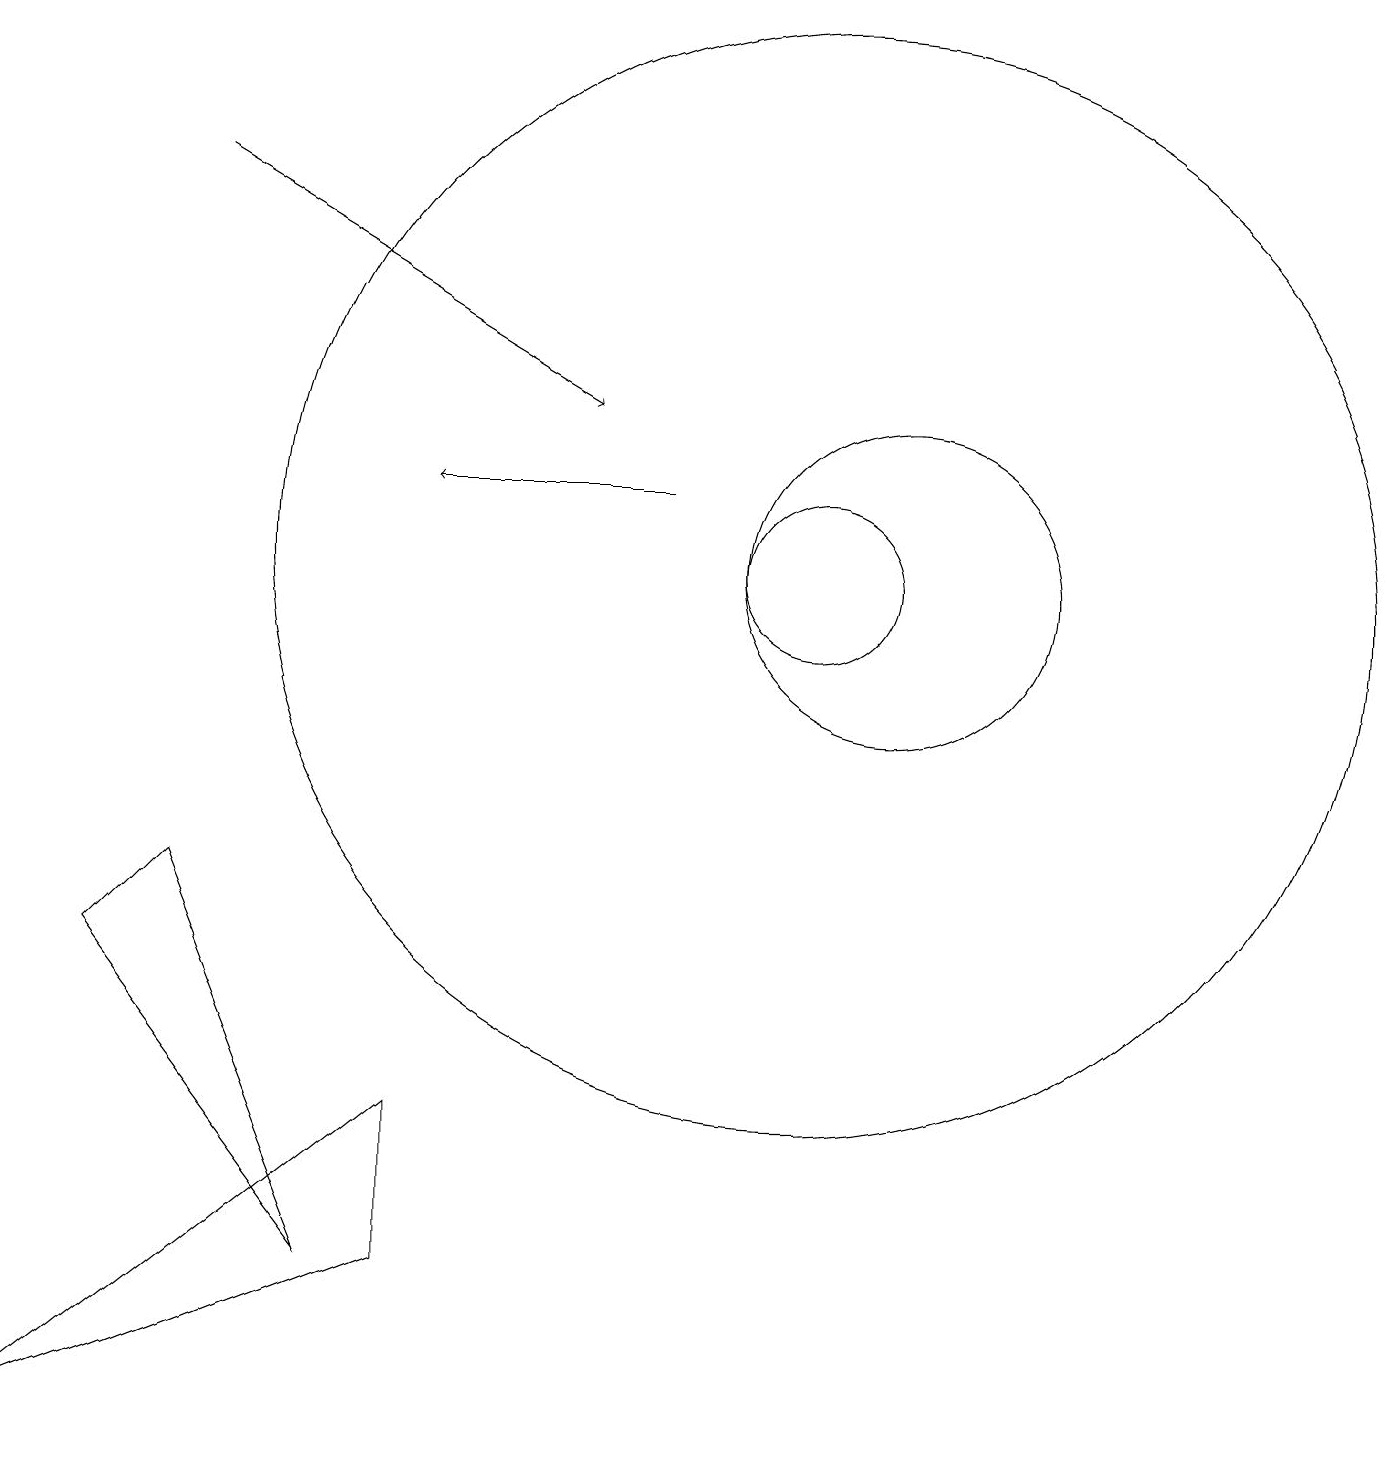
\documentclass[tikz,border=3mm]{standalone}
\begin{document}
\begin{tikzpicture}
\draw[->] (2,16) -- (7,13);
\draw (5,4) -- (0,0) -- (5,2) -- cycle;
\draw[->] (8,12) -- (5,12);
\draw (10,11) circle (1);
\draw (11,11) circle (2);
\draw (10,11) circle (7);
\draw (4,2) -- (1,6) -- (2,7) -- cycle;
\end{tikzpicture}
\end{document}